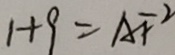
1 + 9 = A F ^ { 2 }